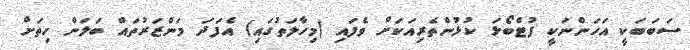
ސަބަބަކީ އަހަންނަކީ ފުޓްބޯޅަ ކުޅުންތެރިއަކަށް ވެފައި (މިހާލަތުގައި) އެފަދަ މަންޒަރުތައް ބަލަން ހިތަށް